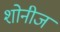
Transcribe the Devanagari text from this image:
शोनीज